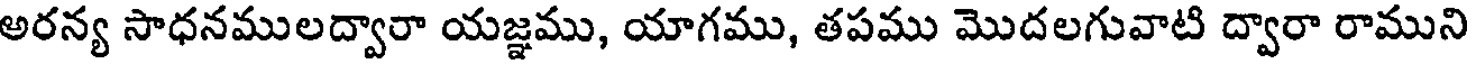
అరన్య సాధనములద్వారా యజ్ఞము, యాగము, తపము మొదలగువాటి ద్వారా రాముని